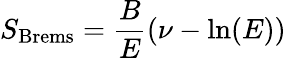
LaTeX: S_{\mathrm{Brems}}=\frac{B}{E}(\nu-\mathrm{ln}(E))